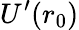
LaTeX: U^{\prime}(r_{0})